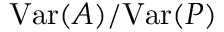
\mathrm { V a r } ( A ) / \mathrm { V a r } ( P )